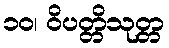
၁၀၊ ဝိပတ္တိသုတ္တ